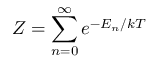
Z = \sum _ { n = 0 } ^ { \infty } e ^ { - E _ { n } / k T }